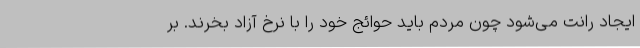
ایجاد رانت می‌شود چون مردم باید حوائج خود را با نرخ آزاد بخرند. بر